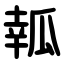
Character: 瓡